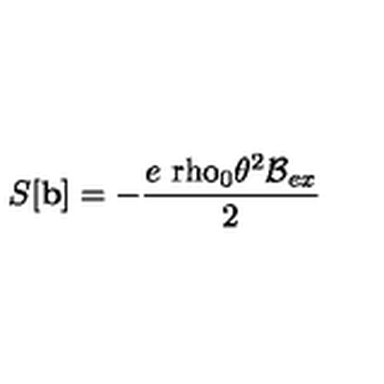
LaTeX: S [ \mathbf { b } ] = - \frac { e { \mathrm { \ r h o } } _ { 0 } \theta ^ { 2 } \mathcal { B } _ { e x } } { 2 }